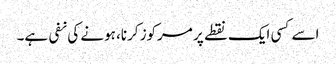
اسے کسی ایک نقطے پر مرکوز کرنا، ہونے کی نفی ہے۔